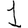
Digit: 1